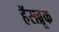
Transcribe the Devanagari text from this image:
हॅसब्रूक